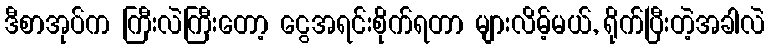
ဒီစာအုပ်က ကြီးလဲကြီးတော့ ငွေအရင်းစိုက်ရတာ များလိမ့်မယ်, ရိုက်ပြီးတဲ့အခါလဲ